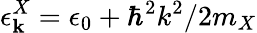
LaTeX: \epsilon_{\mathbf{k}}^{X}=\epsilon_{0}+\hbar^{2}k^{2}/2m_{X}